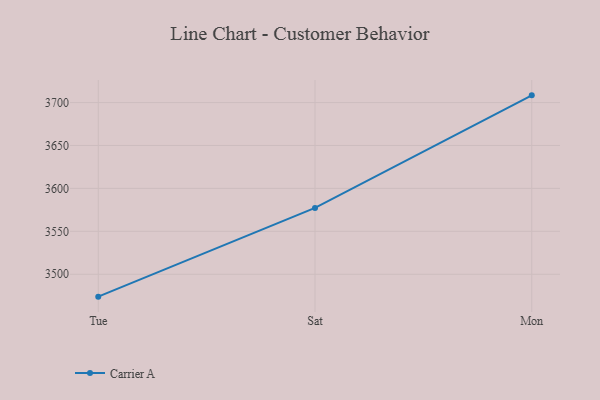
{"axis": {"x": "Day", "y": "Waste Production (Tons)"}, "legend": ["Carrier A"], "data": [{"x": "Tue", "y": 3473.9, "type": "Carrier A"}, {"x": "Sat", "y": 3577.3, "type": "Carrier A"}, {"x": "Mon", "y": 3708.4, "type": "Carrier A"}]}